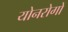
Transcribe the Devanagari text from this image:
योनरोगों